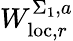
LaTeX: W_{\mathrm{loc},r}^{\Sigma_{1},a}